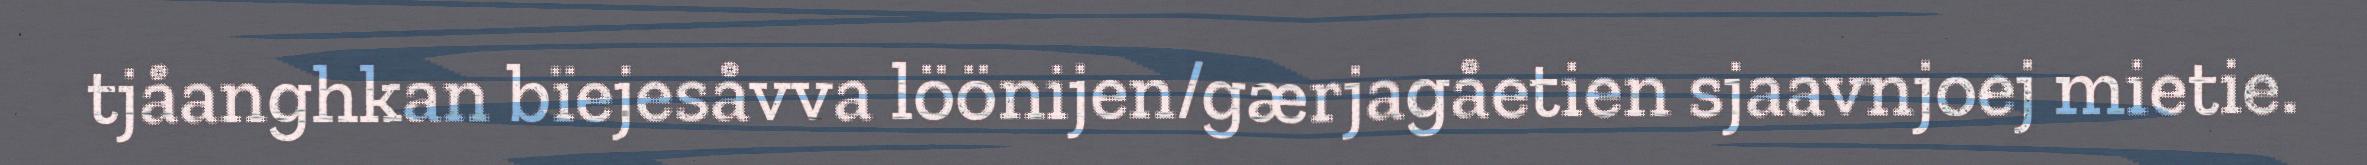
tjåanghkan bïejesåvva löönijen/gærjagåetien sjaavnjoej mietie.